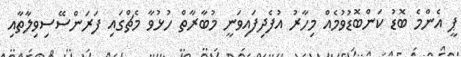
ޕީ އެންމެ ބޮޑު ކަންބޮޑުވުމެއް މިހާރު އުފެދިފައިވަނީ މުބާރާތް ހުޅުވާ މެޗްގައި ފަރަންސޭސިވިލާތާއި